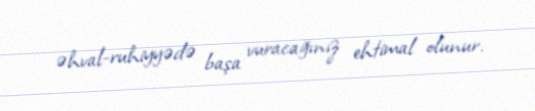
əhval-ruhiyyədə başa vuracağınız ehtimal olunur.